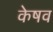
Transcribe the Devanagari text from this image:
केषव